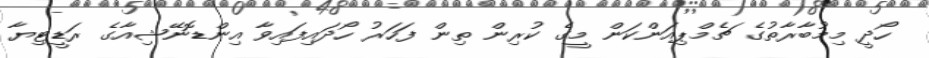
ހޯދީ މިމުބާރާތުގެ ޗެމްޕިއަންކަން މީގެ ކުރިން ތިން ފަހަރު ހޯދައިފައިވާ އިންޑޮނޭޝިއާގެ ރަޑީޓިޔާ